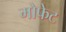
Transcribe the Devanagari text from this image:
मोफेट